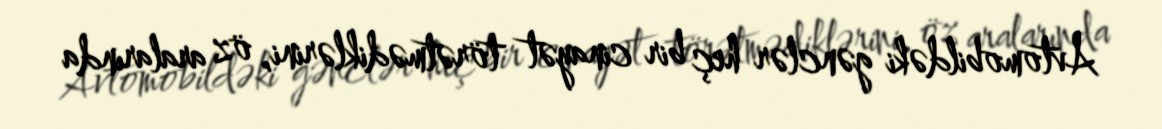
Avtomobildəki gənclər heç bir cinayət törətmədiklərini, öz aralarında